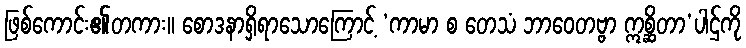
ဖြစ်ကောင်း၏တကား။ စောဒနာရှိရာသောကြောင့် ‘ကာမာ စ တေသံ ဘာဝေတဗ္ဗာ ဣစ္ဆိတာ’ပါဌ်ကို